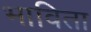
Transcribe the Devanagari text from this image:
भाविता